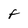
Character: t